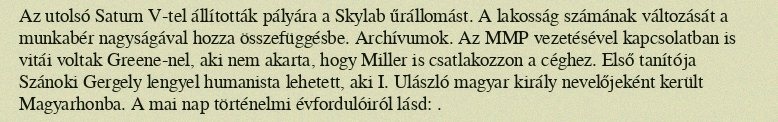
Az utolsó Saturn V-tel állították pályára a Skylab űrállomást. A lakosság számának változását a munkabér nagyságával hozza összefüggésbe. Archívumok. Az MMP vezetésével kapcsolatban is vitái voltak Greene-nel, aki nem akarta, hogy Miller is csatlakozzon a céghez. Első tanítója Szánoki Gergely lengyel humanista lehetett, aki I. Ulászló magyar király nevelőjeként került Magyarhonba. A mai nap történelmi évfordulóiról lásd: .